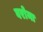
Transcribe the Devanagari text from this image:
बरोना